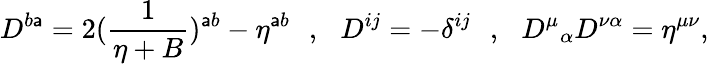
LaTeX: D^{b\mathsf{a}}=2({\frac{{1}}{{\eta+B}}})^{\mathsf{a}b}-\eta^{\mathsf{a}b}\, \, \, \, ,\, \, \, \, D^{ij}=-\delta^{ij}\, \, \, \, ,\, \, \, \, {D^{\mu}}_{\alpha}D^{\nu\alpha}=\eta^{\mu\nu},